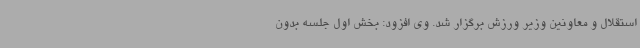
استقلال و معاونین وزیر ورزش برگزار شد. وی افزود: بخش اول جلسه بدون